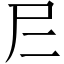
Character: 𡰥